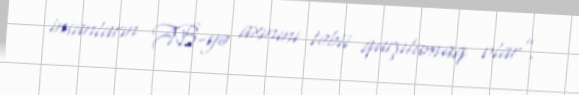
insanların AB-yə axınını təbii qarşılamaq olar”.